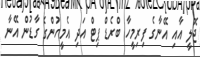
ޖޮލީ އާއި އޭނާގެ ފިރިމީހާ ބްރެޑް ޕިޓް އަދި އެމީހުންގެ ގާޑުން އޭނާ